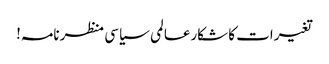
تغیرات کا شکارعالمی سیاسی منظرنامہ!